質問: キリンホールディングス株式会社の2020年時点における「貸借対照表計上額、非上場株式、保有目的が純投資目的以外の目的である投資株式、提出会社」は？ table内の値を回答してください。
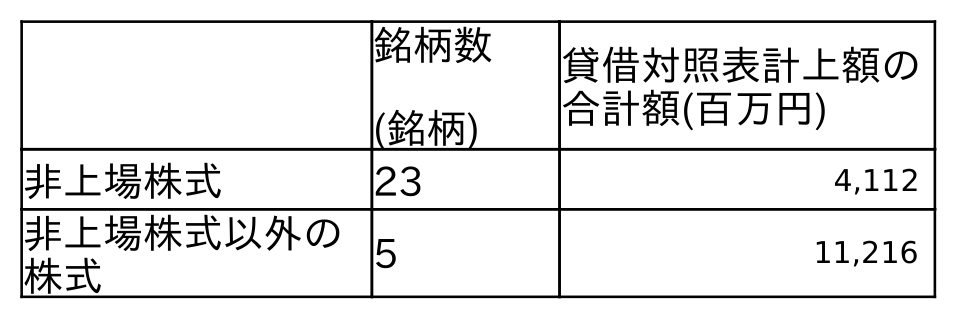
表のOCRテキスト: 銘柄数 (銘柄) 貸借対照表計上額の 合計額(百万円) 非上場株式 23 4,112 非上場株式以外の 株式 5 11,216
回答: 4,112